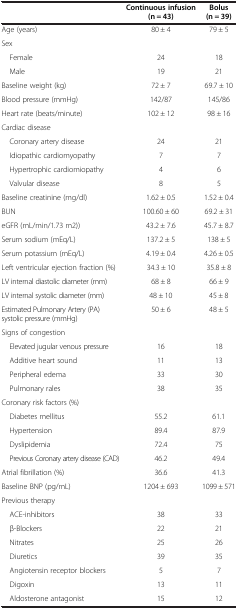
|  | Continuous infusion (n = 43) | Bolus (n = 39) |
 | --- | --- | --- |
 | Age (years) | 80 ± 4 | 79 ± 5 |
 | Sex |  |  |
 | Female | 24 | 18 |
 | Male | 19 | 21 |
 | Baseline weight (kg) | 72 ± 7 | 69.7 ± 10 |
 | Blood pressure (mmHg) | 142/87 | 145/86 |
 | Heart rate (beats/minute) | 102 ± 12 | 98 ± 16 |
 | Cardiac disease |  |  |
 | Coronary artery disease | 24 | 21 |
 | Idiopathic cardiomyopathy | 7 | 7 |
 | Hypertrophic cardiomiopathy | 4 | 6 |
 | Valvular disease | 8 | 5 |
 | Baseline creatinine (mg/dl) | 1.62 ± 0.5 | 1.52 ± 0.4 |
 | BUN | 100.60 ± 60 | 69.2 ± 31 |
 | eGFR (mL/min/1.73 m2)) | 43.2 ± 7.6 | 45.7 ± 8.7 |
 | Serum sodium (mEq/L) | 137.2 ± 5 | 138 ± 5 |
 | Serum potassium (mEq/L) | 4.19 ± 0.4 | 4.26 ± 0.5 |
 | Left ventricular ejection fraction (%) | 34.3 ± 10 | 35.8 ± 8 |
 | LV internal diastolic diameter (mm) | 68 ± 8 | 66 ± 9 |
 | LV internal systolic diameter (mm) | 48 ± 10 | 45 ± 8 |
 | Estimated Pulmonary Artery (PA) systolic pressure (mmHg) | 50 ± 6 | 48 ± 5 |
 | Signs of congestion |  |  |
 | Elevated jugular venous pressure | 16 | 18 |
 | Additive heart sound | 11 | 13 |
 | Peripheral edema | 33 | 30 |
 | Pulmonary rales | 38 | 35 |
 | Coronary risk factors (%) |  |  |
 | Diabetes mellitus | 55.2 | 61.1 |
 | Hypertension | 89.4 | 87.9 |
 | Dyslipidemia | 72.4 | 75 |
 | Previous Coronary artery disease (CAD) | 46.2 | 49.4 |
 | Atrial fibrillation (%) | 36.6 | 41.3 |
 | Baseline BNP (pg/mL) | 1204 ± 693 | 1099 ± 571 |
 | Previous therapy |  |  |
 | ACE-inhibitors | 38 | 33 |
 | β-Blockers | 22 | 21 |
 | Nitrates | 25 | 26 |
 | Diuretics | 39 | 35 |
 | Angiotensin receptor blockers | 5 | 7 |
 | Digoxin | 13 | 11 |
 | Aldosterone antagonist | 15 | 12 |